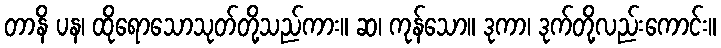
တာနိ ပန၊ ထိုရောသောသုတ်တို့သည်ကား။ ဆ၊ ကုန်သော။ ဒုကာ၊ ဒုက်တို့လည်းကောင်း။